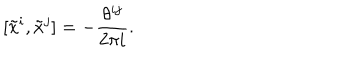
LaTeX: [ \tilde { x } ^ { i } , \tilde { x } ^ { j } ] = - \frac { \theta ^ { i j } } { 2 \pi i } .